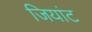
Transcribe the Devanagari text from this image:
जियांट